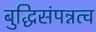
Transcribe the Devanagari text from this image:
बुद्धिसंपन्नत्व